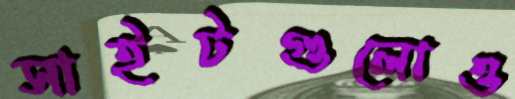
সাইটগুলোও